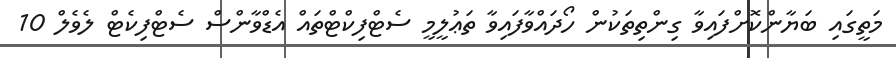
މަތީގައި ބަޔާންކޮށްފައިވާ ގިންތިތަކުން ހޯދައްވާފައިވާ ތަޢުލީމީ ސެޓްފިކްޓްތައް އެޑްވާންސް ސެޓްފިކެޓް ލެވެލް 10